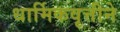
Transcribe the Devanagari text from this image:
धार्मिकवृत्तीने